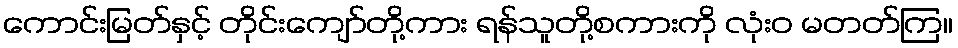
ကောင်းမြတ်နှင့် တိုင်းကျော်တို့ကား ရန်သူတို့စကားကို လုံးဝ မတတ်ကြ။